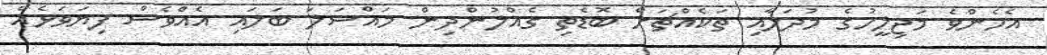
އެހެންވެ މަޖިލީހުގެ މުދަލާއި ތަކެއްޗަށް ބޮޑެތި ގެއްލުންދިން މައްސަލަ ބަލައި އެއްވެސް ފިޔަވަޅެއް